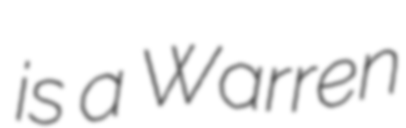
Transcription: is a Warren